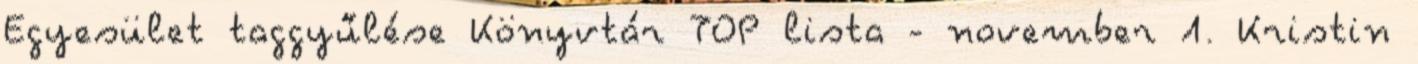
Egyesület taggyűlése Könyvtár TOP lista - november 1. Kristin